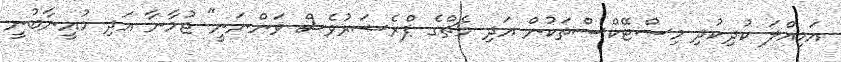
އަމިއްލަ ކުދިކުދި މިސްޓޭކްސްތަކުން އަދި މެޗްގެ ޕްރެޝަރުވެސް ވަންނަނީ" ޖުމާނާ އަދި މުއީނާބުނީ